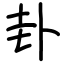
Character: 卦